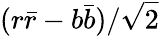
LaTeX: (r{\bar{r}}-b{\bar{b}})/{\sqrt{2}}